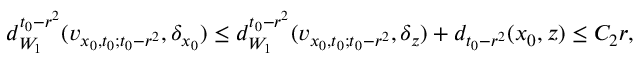
\begin{array} { r } { d _ { W _ { 1 } } ^ { t _ { 0 } - r ^ { 2 } } ( v _ { x _ { 0 } , t _ { 0 } ; t _ { 0 } - r ^ { 2 } } , \delta _ { x _ { 0 } } ) \le d _ { W _ { 1 } } ^ { t _ { 0 } - r ^ { 2 } } ( v _ { x _ { 0 } , t _ { 0 } ; t _ { 0 } - r ^ { 2 } } , \delta _ { z } ) + d _ { t _ { 0 } - r ^ { 2 } } ( x _ { 0 } , z ) \le C _ { 2 } r , } \end{array}